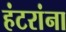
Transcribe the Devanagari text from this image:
हंटरांना